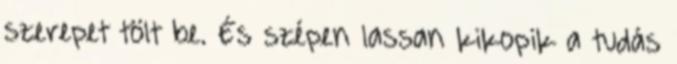
szerepet tölt be. És szépen lassan kikopik a tudás